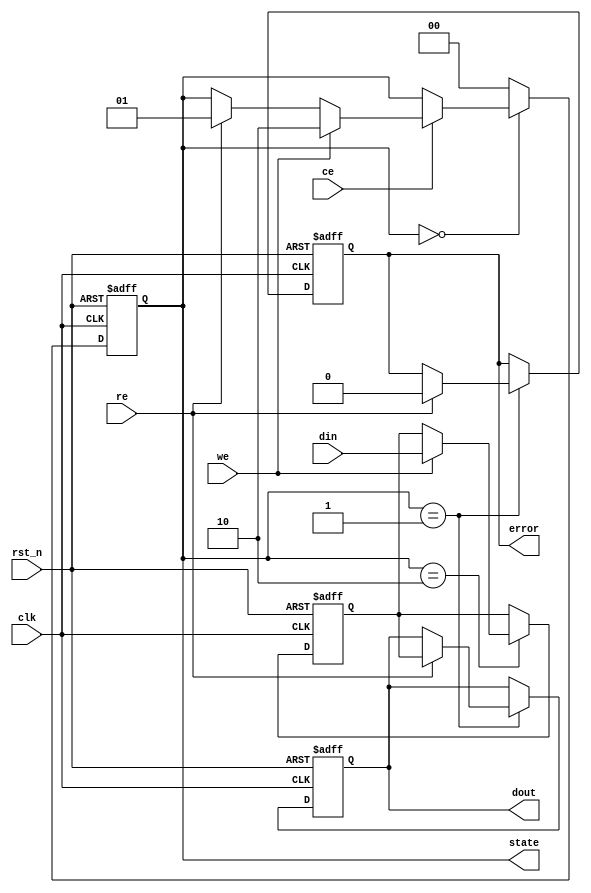
module io_block (
    input wire clk,                 // Clock signal
    input wire rst_n,               // Active-low reset
    input wire [2:0] din,           // Data input (3 bits for TLC)
    input wire ce,                  // Chip Enable
    input wire we,                  // Write Enable
    input wire re,                  // Read Enable
    output reg [2:0] dout,          // Data output (3 bits for TLC)
    output reg error,               // Error signal for ECC
    output reg [1:0] state          // Operational state
    );

// State encoding
parameter IDLE = 2'b00;
parameter READ = 2'b01;
parameter WRITE = 2'b10;

// Control signals
reg [2:0] data_latch;
reg volatile_buffering;  // Control for drive strength

// Timing control logic - FSM implementation
always @(posedge clk or negedge rst_n) begin
    if (!rst_n) begin
        state <= IDLE;
        dout <= 3'b0;
        error <= 1'b0;
        data_latch <= 3'b0;
        volatile_buffering <= 1'b0;
    end else begin
        case (state)
            IDLE: begin
                if (ce) begin
                    if (we) begin
                        state <= WRITE;
                    end else if (re) begin
                        state <= READ;
                    end
                end
            end
            WRITE: begin
                if (we) begin
                    data_latch <= din; // Latch input data
                    // Simulate writing data to memory array
                    // Here would be the code to interface with the memory
                    // For now, we assume successful operation
                    state <= IDLE;    // Transition back to IDLE
                end else begin
                    state <= IDLE;      // Invalid state transition
                end
            end
            READ: begin
                if (re) begin
                    dout <= data_latch; // Output latched data
                    // ECC interface simulation (for now we'll say no errors)
                    error <= 1'b0;     // This should include logic for ECC
                    state <= IDLE;      // Transition back to IDLE
                end else begin
                    state <= IDLE;      // Invalid state transition
                end
            end
            default: state <= IDLE;
        endcase
    end
end

endmodule